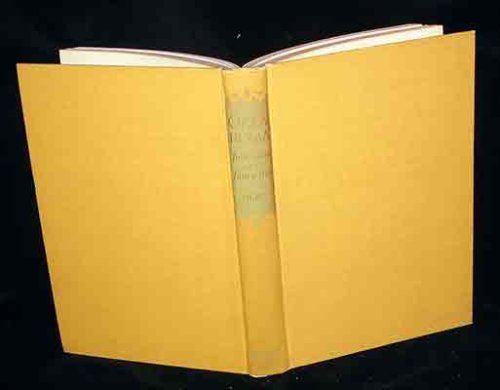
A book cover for Oklahoma, foot-loose and fancy-free; Angie Debo; Travel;